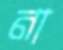
না